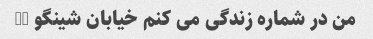
من در شماره زندگی می کنم خیابان شینگو 50